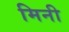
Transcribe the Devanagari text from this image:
मिनी